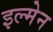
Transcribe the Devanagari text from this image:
इल्मेन